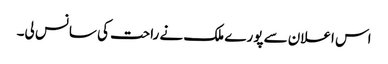
اس اعلان سے پورے ملک نے راحت کی سانس لی۔